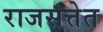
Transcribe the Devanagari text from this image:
राजसत्तेत